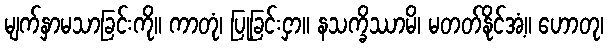
မျက်နှာမသာခြင်းကို။ ကာတုံ၊ ပြုခြင်းငှာ။ နသက္ခိဿာမိ၊ မတတ်နိုင်အံ့။ ဟောတု၊